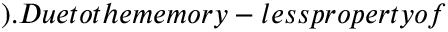
) . D u e t o t h e m e m o r y - l e s s p r o p e r t y o f